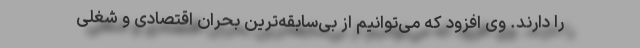
را دارند. وی افزود که می‌توانیم از بی‌سابقه‌ترین بحران اقتصادی و شغلی